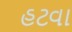
હટવા